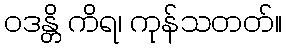
ဝဒန္တိ ကိရ၊ ကုန်သတတ်။